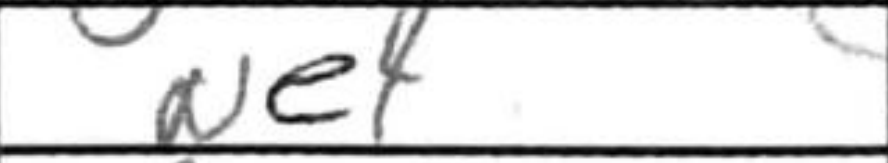
Transcription: Ne4